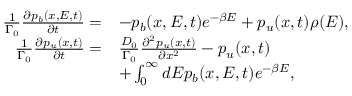
\begin{array} { r l } { \frac { 1 } { \Gamma _ { 0 } } \frac { \partial p _ { b } ( x , E , t ) } { \partial t } = } & { - p _ { b } ( x , E , t ) e ^ { - \beta E } + p _ { u } ( x , t ) \rho ( E ) , } \\ { \frac { 1 } { \Gamma _ { 0 } } \frac { \partial p _ { u } ( x , t ) } { \partial t } = } & { \frac { D _ { 0 } } { \Gamma _ { 0 } } \frac { \partial ^ { 2 } p _ { u } ( x , t ) } { \partial x ^ { 2 } } - p _ { u } ( x , t ) } \\ & { + \int _ { 0 } ^ { \infty } d E p _ { b } ( x , E , t ) e ^ { - \beta E } , } \end{array}